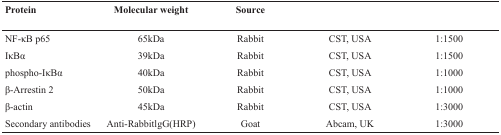
<table><thead><tr><td><b>Protein</b></td><td><b>Molecular weight</b></td><td><b>Source</b></td><td>[EMPTY_CELL]</td><td>[EMPTY_CELL]</td></tr></thead><tbody><tr><td>NF-κB p65</td><td>65kDa</td><td>Rabbit</td><td>CST, USA</td><td>1:1500</td></tr><tr><td>IκBα</td><td>39kDa</td><td>Rabbit</td><td>CST, USA</td><td>1:1500</td></tr><tr><td>phospho-IκBα</td><td>40kDa</td><td>Rabbit</td><td>CST, USA</td><td>1:1000</td></tr><tr><td>β-Arrestin 2</td><td>50kDa</td><td>Rabbit</td><td>CST, USA</td><td>1:1000</td></tr><tr><td>β-actin</td><td>45kDa</td><td>Rabbit</td><td>CST, USA</td><td>1:3000</td></tr><tr><td>Secondary antibodies</td><td>Anti-RabbitlgG(HRP)</td><td>Goat</td><td>Abcam, UK</td><td>1:3000</td></tr></tbody></table>